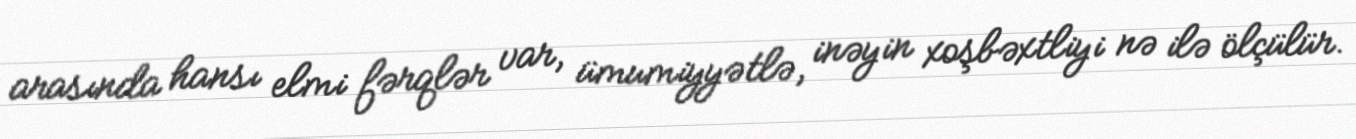
arasında hansı elmi fərqlər var, ümumiyyətlə, inəyin xoşbəxtliyi nə ilə ölçülür.